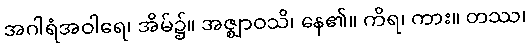
အဂါရံအဝါရေ၊ အိမ်၌။ အဇ္ဈာဝသိ၊ နေ၏။ ကိရ၊ ကား။ တဿ၊